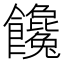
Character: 饞